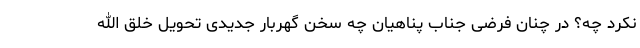
نکرد چه؟ در چنان فرضی جناب پناهیان چه سخن گهربار جدیدی تحویل خلق الله